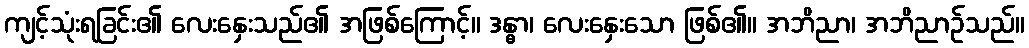
ကျင့်သုံးရခြင်း၏ လေးနှေးသည်၏ အဖြစ်ကြောင့်။ ဒန္ဓာ၊ လေးနှေးသော ဖြစ်၏။ အဘိညာ၊ အဘိညာဉ်သည်။